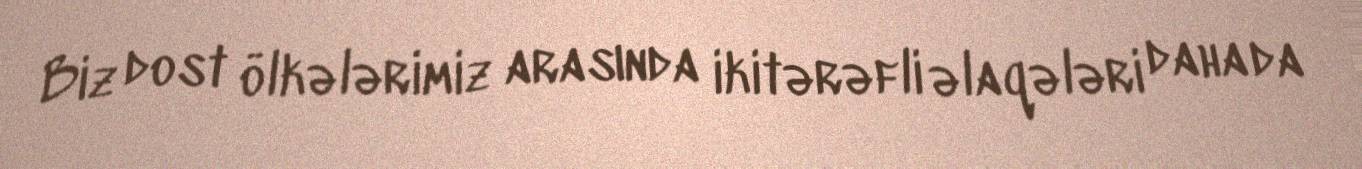
Biz dost ölkələrimiz arasında ikitərəfli əlaqələri daha da